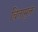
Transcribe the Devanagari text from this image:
चितामुक्त